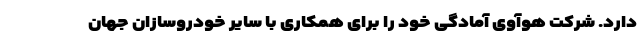
دارد. شرکت هوآوی آمادگی خود را برای همکاری با سایر خودروسازان جهان